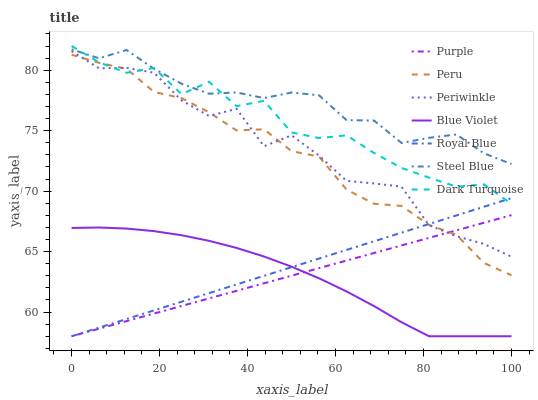
| xaxis_label | Purple | Peru | Periwinkle | Blue Violet | Royal Blue | Steel Blue | Dark Turquoise |
 | --- | --- | --- | --- | --- | --- | --- | --- |
 | 0 | 58 | 81.3 | 81.6 | 67 | 58 | 81.7 | 82 |
 | 6.25 | 58.6 | 80.6 | 80.2 | 67 | 58.7 | 81 | 80.7 |
 | 12.5 | 59.3 | 80.1 | 80.2 | 66.9 | 59.4 | 81.7 | 79.8 |
 | 18.8 | 59.9 | 78.2 | 79.8 | 66.7 | 60.1 | 80.1 | 80.2 |
 | 25 | 60.5 | 77.7 | 77.5 | 66.4 | 60.9 | 78.9 | 78 |
 | 31.2 | 61.1 | 76.5 | 76.2 | 65.9 | 61.6 | 78.1 | 79 |
 | 37.5 | 61.8 | 75 | 76.8 | 65.3 | 62.3 | 78.2 | 77 |
 | 43.8 | 62.4 | 75.1 | 73.7 | 64.6 | 63 | 77.7 | 77.5 |
 | 50 | 63 | 73.3 | 74.6 | 63.8 | 63.7 | 78.2 | 74.9 |
 | 56.2 | 63.6 | 72.9 | 72.9 | 62.8 | 64.4 | 77.9 | 74.4 |
 | 62.5 | 64.3 | 70.1 | 70.8 | 61.7 | 65.1 | 75.9 | 74.6 |
 | 68.8 | 64.9 | 69 | 70.6 | 60.5 | 65.9 | 75.8 | 73.2 |
 | 75 | 65.5 | 68.8 | 70.4 | 59.2 | 66.6 | 74 | 71.9 |
 | 81.2 | 66.1 | 67.2 | 67.2 | 58 | 67.3 | 74.4 | 71.1 |
 | 87.5 | 66.8 | 66.4 | 66.3 | 58 | 68 | 74.7 | 70.4 |
 | 93.8 | 67.4 | 64.1 | 65.6 | 58 | 68.7 | 73.1 | 70.6 |
 | 100 | 68 | 63 | 64.6 | 58 | 69.4 | 72.2 | 68.9 |